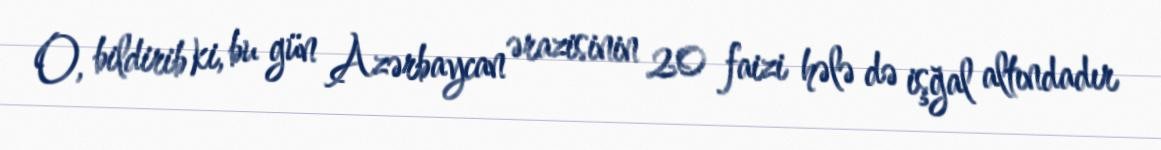
O, bildirib ki, bu gün Azərbaycan ərazisinin 20 faizi hələ də işğal altındadır